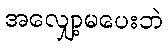
အလျှော့မပေးဘဲ